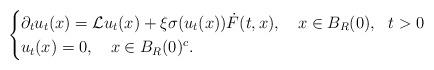
LaTeX: \begin{align*} \begin{cases}\partial_t u_t (x)= \mathcal{L}u_t(x)+ \xi \sigma(u_t (x)) \dot{F}(t,x), \ \ \ x\in B_R (0),\ \ t>0\\u_t(x)=0 ,\ \ \ x\in {B_R(0)^c}.\end{cases} \end{align*}